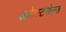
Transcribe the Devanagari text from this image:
ओब्स्टफेल्ड